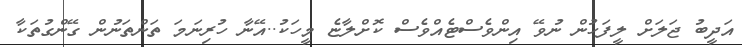
އަދީބު ޖަލަށް ލީފަހުން ނުވޭ އިންވެސްޓެއްވެސް ކޮށްލާޏެ މީހަކު..އޭނާ ހުރިނަމަ ތަންތަނުން ގޭންގުތަކާ